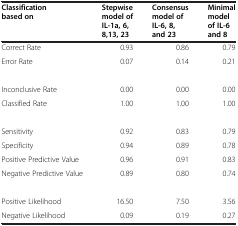
| Classification based on | Stepwise model of IL-1a, 6, 8,13, 23 | Consensus model of IL-6, 8, and 23 | Minimal model of IL-6 and 8 |
 | --- | --- | --- | --- |
 | Correct Rate | 0.93 | 0.86 | 0.79 |
 | Error Rate | 0.07 | 0.14 | 0.21 |
 |  |  |  |  |
 | Inconclusive Rate | 0.00 | 0.00 | 0.00 |
 | Classified Rate | 1.00 | 1.00 | 1.00 |
 |  |  |  |  |
 | Sensitivity | 0.92 | 0.83 | 0.79 |
 | Specificity | 0.94 | 0.89 | 0.78 |
 | Positive Predictive Value | 0.96 | 0.91 | 0.83 |
 | Negative Predictive Value | 0.89 | 0.80 | 0.74 |
 |  |  |  |  |
 | Positive Likelihood | 16.50 | 7.50 | 3.56 |
 | Negative Likelihood | 0.09 | 0.19 | 0.27 |